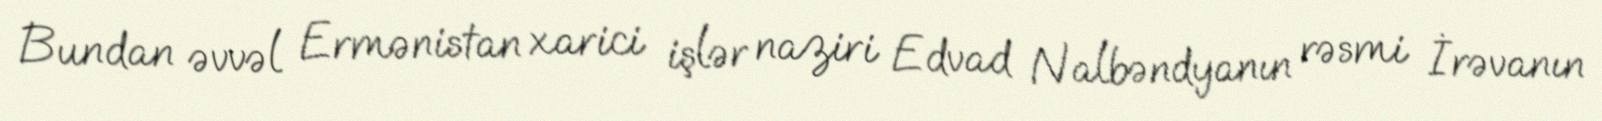
Bundan əvvəl Ermənistan xarici işlər naziri Edvad Nalbəndyanın rəsmi İrəvanın